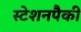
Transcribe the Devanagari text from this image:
स्टेशनपैकी